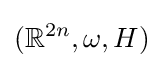
(\mathbb {R} ^{2n},\omega ,H)